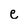
Character: e